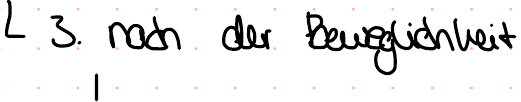
3. nach der Beweglichkeit